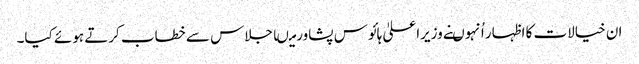
ان خیالات کا اظہار اُنہوںنے وزیراعلیٰ ہائوس پشاورمیںاجلاس سے خطاب کرتے ہوئے کیا۔